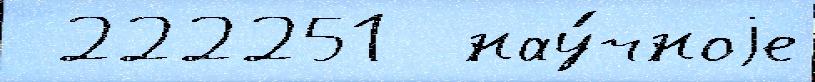
 222251  нау́чноjе